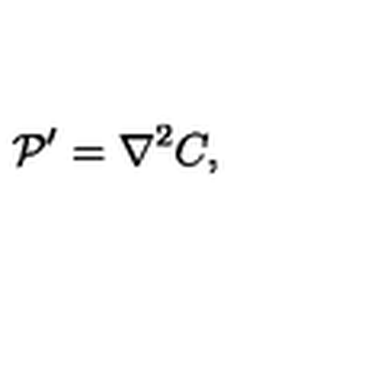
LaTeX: { \cal P } ^ { \prime } = { \nabla ^ { 2 } } C ,